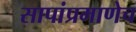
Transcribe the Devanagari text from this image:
सापांप्रमाणेच